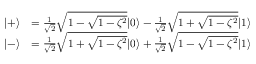
\begin{array} { r l } { | + \rangle } & { = \frac { 1 } { \sqrt { 2 } } \sqrt { 1 - \sqrt { 1 - \zeta ^ { 2 } } } | 0 \rangle - \frac { 1 } { \sqrt { 2 } } \sqrt { 1 + \sqrt { 1 - \zeta ^ { 2 } } } | 1 \rangle } \\ { | - \rangle } & { = \frac { 1 } { \sqrt { 2 } } \sqrt { 1 + \sqrt { 1 - \zeta ^ { 2 } } } | 0 \rangle + \frac { 1 } { \sqrt { 2 } } \sqrt { 1 - \sqrt { 1 - \zeta ^ { 2 } } } | 1 \rangle } \end{array}